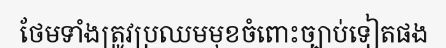
ថែមទាំងត្រូវប្រឈមមុខចំពោះច្បាប់ទៀតផង